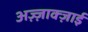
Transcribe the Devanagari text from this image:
अज़्ज़ाक्ज़ाई